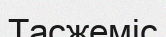
Тасжеміс